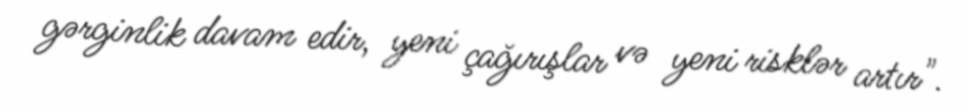
gərginlik davam edir, yeni çağırışlar və yeni risklər artır".